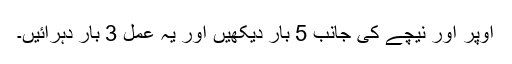
اوپر اور نیچے کی جانب 5 بار دیکھیں اور یہ عمل 3 بار دہرائیں۔